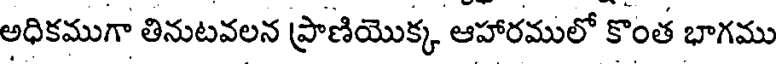
అధికముగా తినుటవలన ప్రాణియొక్క ఆహారములో కొంత భాగము